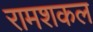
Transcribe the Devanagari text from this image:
रामशकल